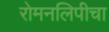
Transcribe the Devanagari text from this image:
रोमनलिपीचा